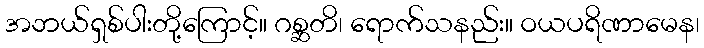
အဘယ်ရှစ်ပါးတို့ကြောင့်။ ဂစ္ဆတိ၊ ရောက်သနည်း။ ဝယပရိဏာမေန၊